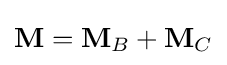
\mathbf {M} =\mathbf {M} _{B}+\mathbf {M} _{C}